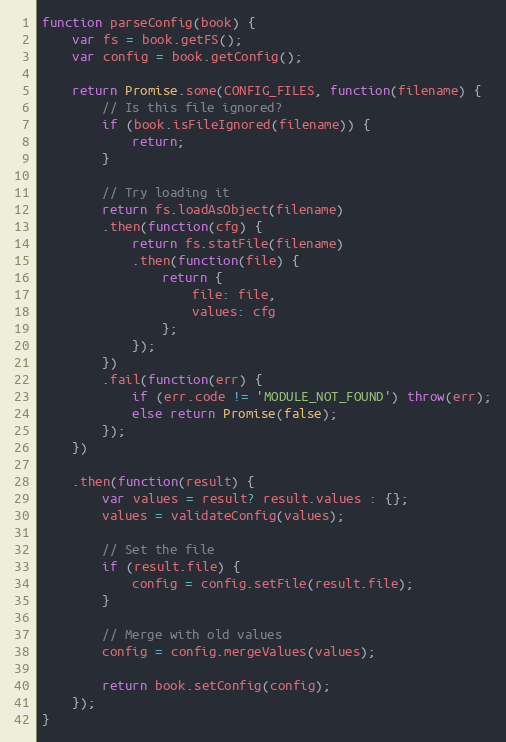
Language: JavaScript
function parseConfig(book) {
    var fs = book.getFS();
    var config = book.getConfig();

    return Promise.some(CONFIG_FILES, function(filename) {
        // Is this file ignored?
        if (book.isFileIgnored(filename)) {
            return;
        }

        // Try loading it
        return fs.loadAsObject(filename)
        .then(function(cfg) {
            return fs.statFile(filename)
            .then(function(file) {
                return {
                    file: file,
                    values: cfg
                };
            });
        })
        .fail(function(err) {
            if (err.code != 'MODULE_NOT_FOUND') throw(err);
            else return Promise(false);
        });
    })

    .then(function(result) {
        var values = result? result.values : {};
        values = validateConfig(values);

        // Set the file
        if (result.file) {
            config = config.setFile(result.file);
        }

        // Merge with old values
        config = config.mergeValues(values);

        return book.setConfig(config);
    });
}